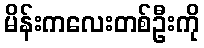
မိန်းကလေးတစ်ဦးကို